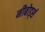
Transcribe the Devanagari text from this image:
नीबोर्ड्स